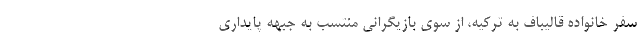
سفر خانواده قالیباف به تركیه، از سوی بازیگرانی منتسب به جبهه پایداری